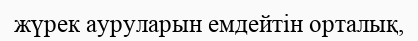
жүрек ауруларын емдейтін орталық,